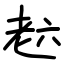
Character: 𦒹